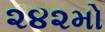
૨૪૨મો